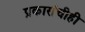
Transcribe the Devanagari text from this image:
प्रकारांचीही